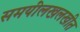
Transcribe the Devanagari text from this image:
समयींलखलखीत